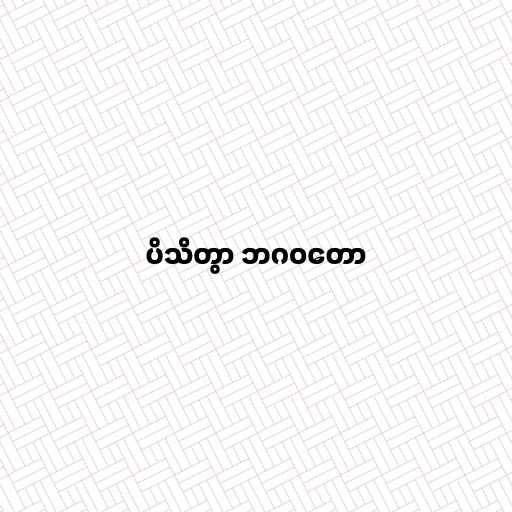
ပိသိတွာ ဘဂဝတော